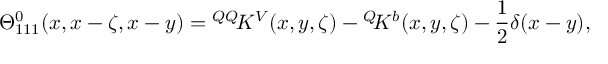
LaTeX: \Theta _ { 1 1 1 } ^ { 0 } ( x , x - \zeta , x - y ) = { ^ { Q Q } \! K ^ { V } } ( x , y , \zeta ) - { ^ { Q } \! K ^ { b } } ( x , y , \zeta ) - \frac { 1 } { 2 } \delta ( x - y ) ,